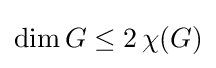
\dim G\leq 2\,\chi (G)